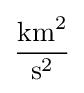
{\frac {{\text{km}}^{2}}{{\text{s}}^{2}}}